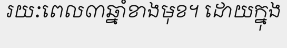
រយៈពេល៣ឆ្នាំខាងមុខ។ ដោយក្នុង